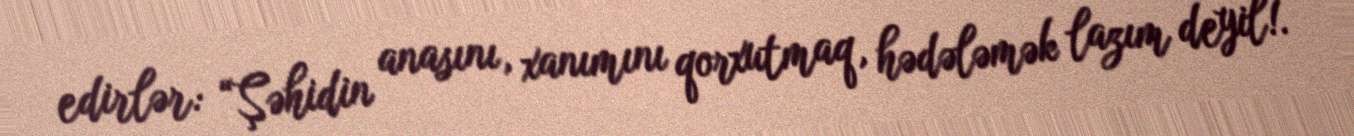
edirlər: “Şəhidin anasını, xanımını qorxutmaq, hədələmək lazım deyil!.